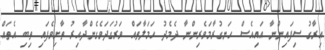
އިރާގު ސިފައިންނާ އައިއެސް ހަނގުރާމަވެރިންނާ ދެމެދު ހަމަލާތައް ވަރުގަދަވެގެންދާއިރު ތާށިވެފައި ތިބި އެތައް